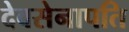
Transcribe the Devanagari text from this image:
देवसेनापति